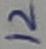
Text: 12